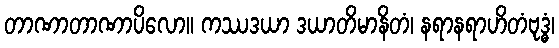
တာဏာတာဏာပိလော။ ကဿဒယာ ဒယာတိမာနိတံ၊ နရာနရာဟိတံဗုဒ္ဓံ၊